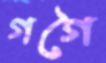
গগৈ